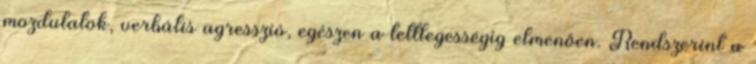
mozdulatok, verbális agresszió, egészen a tettlegességig elmenően. Rendszerint a